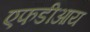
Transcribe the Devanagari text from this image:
एफडीआय